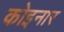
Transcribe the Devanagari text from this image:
कोइनार